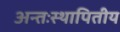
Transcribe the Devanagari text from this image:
अन्तःस्थापितीय